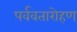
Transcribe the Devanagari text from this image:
पर्ववतारोहण